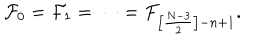
{ \cal F } _ { 0 } = { \cal F } _ { 1 } = \cdots = { \cal F } _ { \left[ \frac { N - 3 } { 2 } \right] - n + 1 } .